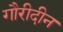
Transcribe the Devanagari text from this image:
गौरीदीन